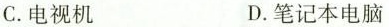
C.电视机 D.笔记本电脑